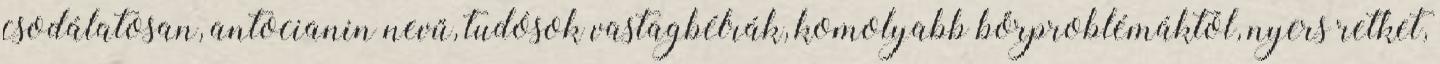
csodálatosan, antocianin nevű, tudósok vastagbélrák, komolyabb bőrproblémáktól, nyers retket,